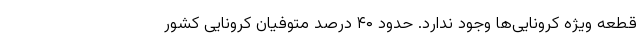
قطعه ویژه کرونایی‌ها وجود ندارد. حدود ۴۰ درصد متوفیان کرونایی کشور